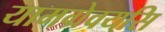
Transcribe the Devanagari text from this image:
यामग्रेवयसि